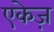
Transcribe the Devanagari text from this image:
एकेज़